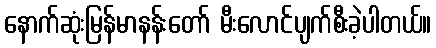
နောက်ဆုံးမြန်မာနန်းတော် မီးလောင်ပျက်စီးခဲ့ပါတယ်။